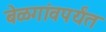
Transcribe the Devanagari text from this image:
बेळगांवपर्यंत